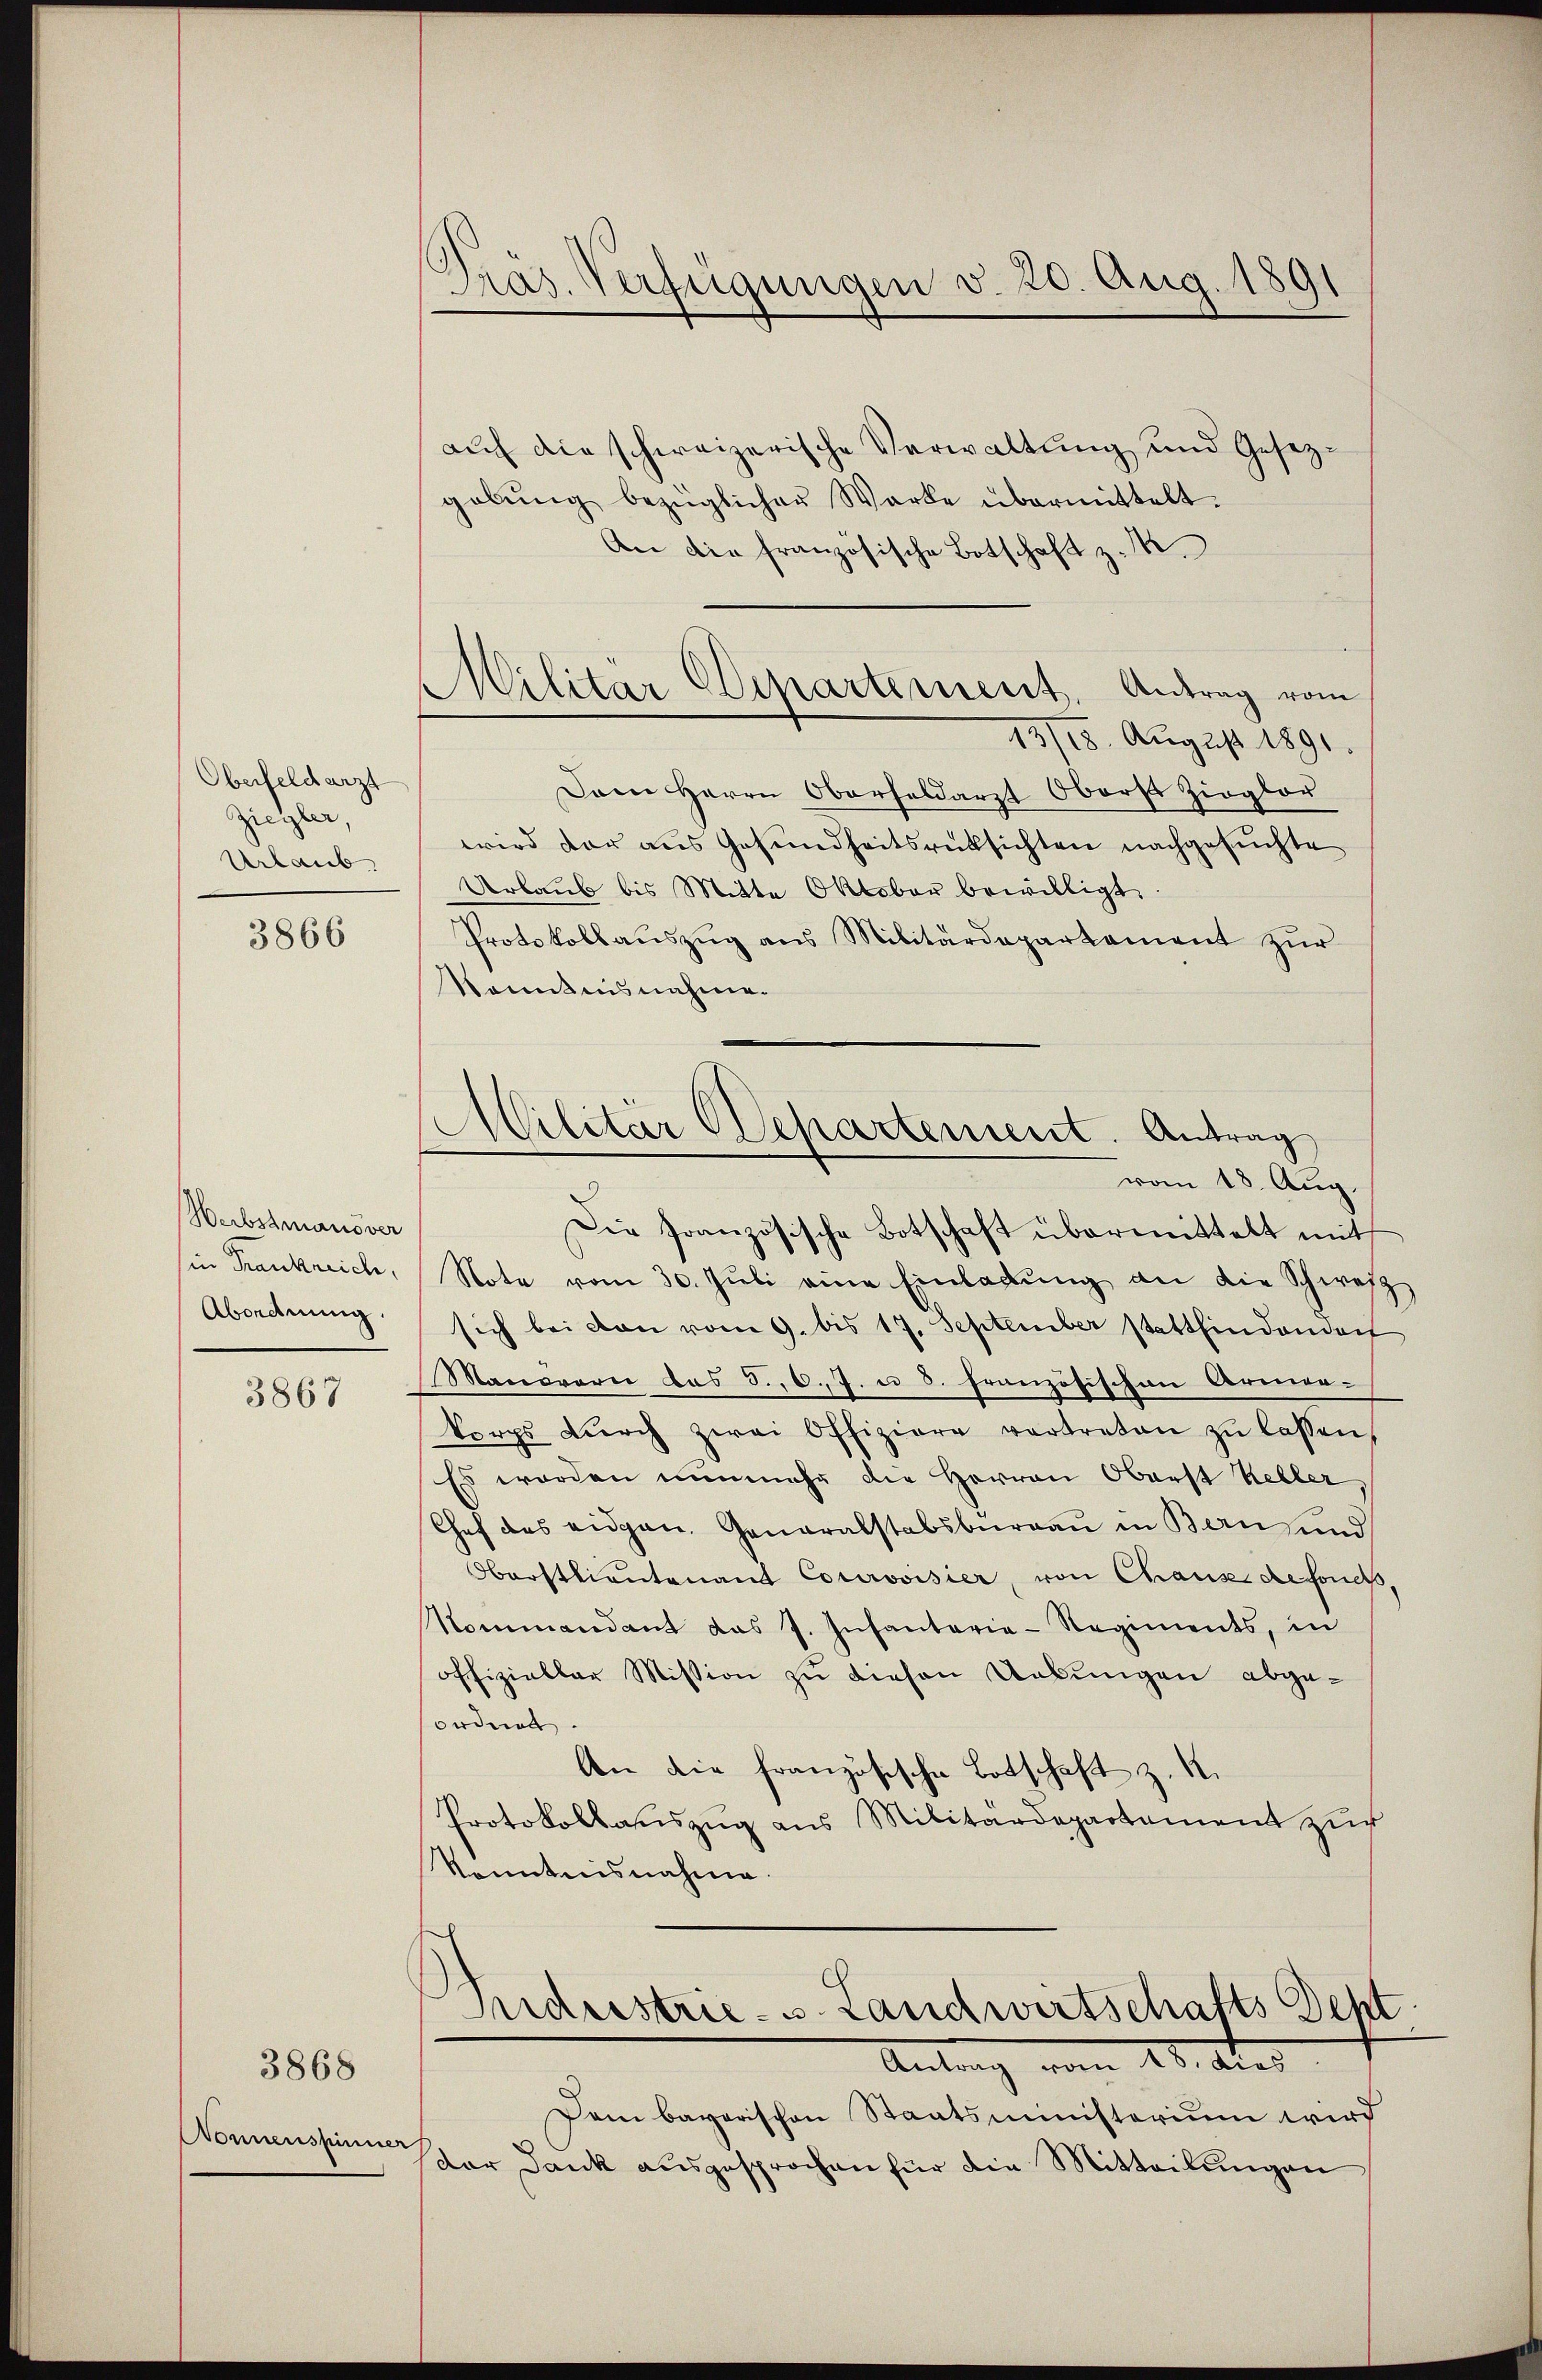
Oberfeldarzt
Ziegler,
Urlaub

3866

Werbstmanover
(in Frankreich,
Abordnung

3867

3868

Nonnenspinner

Präs. Verfügungen v. 20. Aug. 1891

Militär Departement, Antrag vom

auch die schweizerische Verwaltung und Gesezgebŭng bezüglicher Warte übermittelt.
An die französische Botschaft z. B.
13/18. August 1891
Dem Herrn Oberheldarzt Oberst Zieglor
wird der aus Gesundheitsrücksichten nachgesuchte
derbaŭb bis Mitte Oktober bewilligt.
Protokollauszug aus Militärdepartement zur
kanntnisnahme.
Die französische Botschaft übermittelt mit
Note vom 30. Jŭli eine Einladŭng an die Schweiz
sich bei den vom 9. bis 17. September stattfindendert
Manorarii das S. 6. 7. u 3. Französischen Armen-
korps dŭrch zwei Offiziere vertreten zŭ lassen,
Es werden nunmehr die Herren Oberst Keller
Chef des eidgen. Generalstabsburgau in Berns und
Oberstlieutenant Courovisier, von Chaus defonds.
Nommandant das J. Infanterie-Regiments, in
offizieller Mission zu diesen Uebungen abgeordnet.
An die französische Botschaft z. R.
Protokollauszug aus Militärdepartement zur
konntensnahme.

Militär Departement. Antrag
vom 18. Aug.

Siderstrie-S. Landwirtschafts Sept
Antrag vom 28. Aus

Dem bayerischen Staatsministerium wird
Der Dank aŭsgesprochen für die Mitteilŭngen